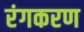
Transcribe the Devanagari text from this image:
रंगकरण